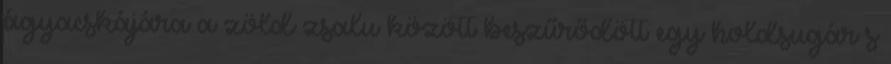
ágyacskájára a zöld zsalu között beszűrődött egy holdsugár s